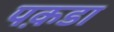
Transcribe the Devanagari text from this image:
पक़डा